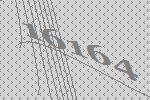
16164